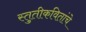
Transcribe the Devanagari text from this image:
स्तुतीकवितांचे